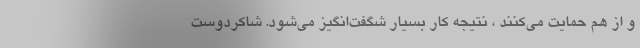
و از هم حمایت می‌کنند ، نتیجه کار بسیار شگفت‌انگیز می‌شود. شاکردوست